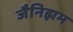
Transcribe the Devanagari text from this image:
जैनिझम